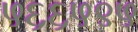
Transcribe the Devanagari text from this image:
५६६५९५